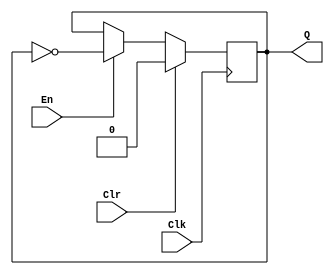
module t_flipflop (En, Clk, Clr, Q);
  input En, Clk, Clr;
  output reg Q;

  always @ (posedge Clk)
    if (Clr)
      Q = 0;
    else if (En)
      Q = ~Q;

endmodule